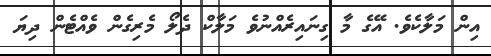
އިން މަލާކެވެ. އޭގެ މާ ގިނައިރެއްނުވެ މަލާކް ދެލޯ މެރިގެން ވެއްޓެން ދިޔަ